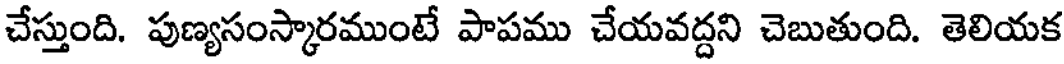
చేస్తుంది. పుణ్యసంస్కారముంటే పాపము చేయవద్దని చెబుతుంది. తెలియక